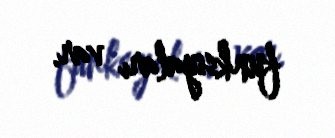
funksiyaları var.